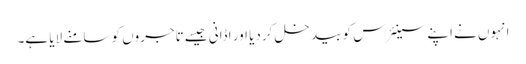
انہوں نے اپنے سینئرس کو بیدخل کردیا اور اڈانی جیسے تاجروں کو سامنے لایا ہے۔